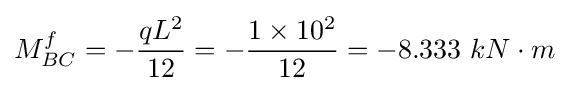
M_{BC}^{f}=-{\frac {qL^{2}}{12}}=-{\frac {1\times 10^{2}}{12}}=-8.333\ kN\cdot m